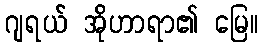
ဂျရယ် အိုဟာရာ၏ မြေ။